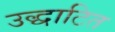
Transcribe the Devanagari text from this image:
उद्धाटित